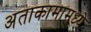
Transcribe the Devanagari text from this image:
अताकामामध्ये